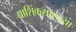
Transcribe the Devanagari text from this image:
नाशिकसारख्या